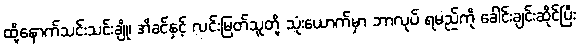
ထို့နောက်သင်းသင်းချို၊ အိခင်နှင့် လင်းမြတ်သူတို့ သုံးယောက်မှာ ဘာလုပ် ရမည်ကို ခေါင်းချင်းဆိုင်ပြီး